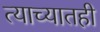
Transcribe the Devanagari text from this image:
त्याच्यातही